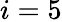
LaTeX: i=5